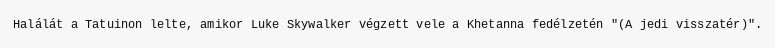
Halálát a Tatuinon lelte, amikor Luke Skywalker végzett vele a Khetanna fedélzetén "(A jedi visszatér)".